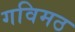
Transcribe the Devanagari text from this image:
गविमठ